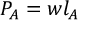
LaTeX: P _ { A } = w l _ { A }